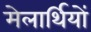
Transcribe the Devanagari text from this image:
मेलार्थियों